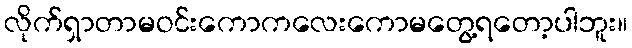
လိုက်ရှာတာမဝင်းကောကလေးကောမတွေ့ရတော့ပါဘူး။